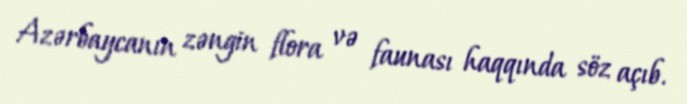
Azərbaycanın zəngin flora və faunası haqqında söz açıb.